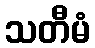
သတီမံ